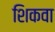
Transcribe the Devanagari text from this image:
शिकवा